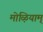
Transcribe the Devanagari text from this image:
मोऴियाम्